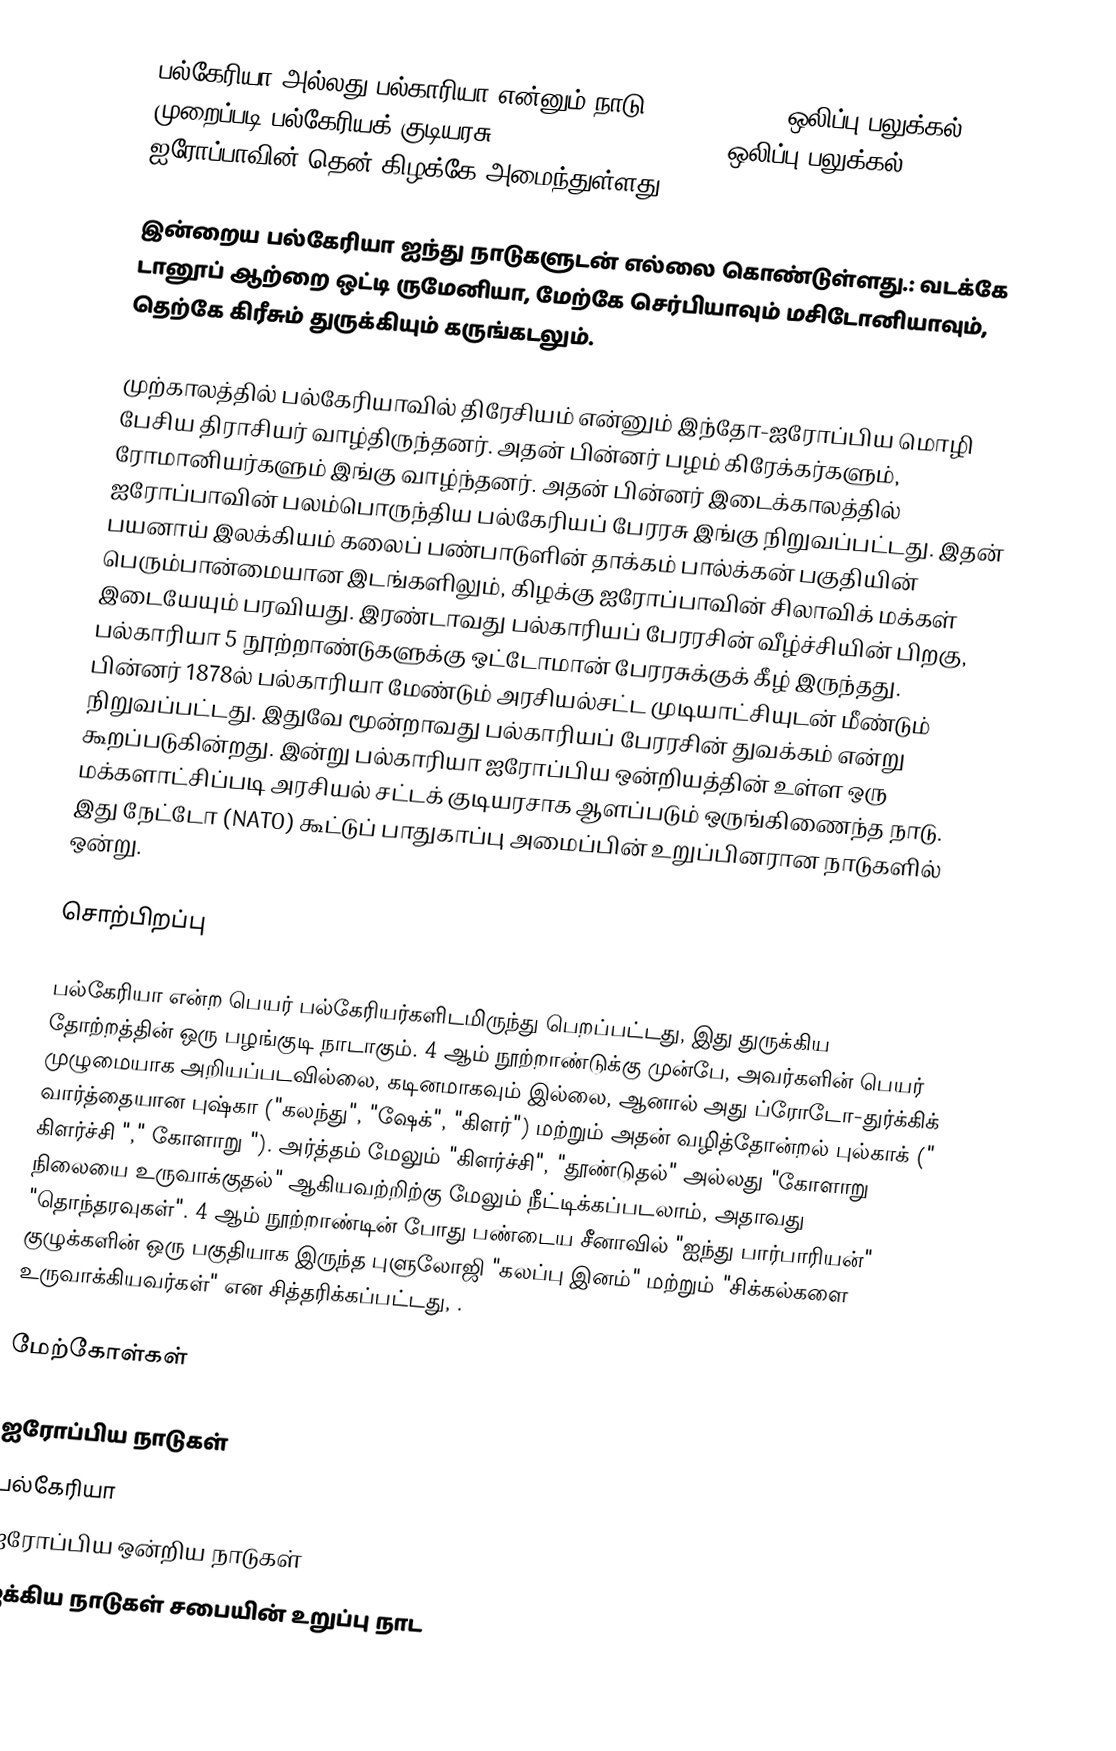
பல்கேரியா அல்லது பல்காரியா என்னும் நாடு (, Bălgariya, ஒலிப்பு/பலுக்கல்: ), முறைப்படி பல்கேரியக் குடியரசு (, Republika Bălgariya, ஒலிப்பு/பலுக்கல்: ) ஐரோப்பாவின் தென் கிழக்கே அமைந்துள்ளது.

இன்றைய பல்கேரியா ஐந்து நாடுகளுடன் எல்லை கொண்டுள்ளது.: வடக்கே டானூப் ஆற்றை ஒட்டி ருமேனியா, மேற்கே செர்பியாவும் மசிடோனியாவும், தெற்கே கிரீசும் துருக்கியும் கருங்கடலும்.

முற்காலத்தில் பல்கேரியாவில் திரேசியம் என்னும் இந்தோ-ஐரோப்பிய மொழி பேசிய திராசியர் வாழ்திருந்தனர். அதன் பின்னர் பழம் கிரேக்கர்களும், ரோமானியர்களும் இங்கு வாழ்ந்தனர். அதன் பின்னர் இடைக்காலத்தில் ஐரோப்பாவின் பலம்பொருந்திய பல்கேரியப் பேரரசு இங்கு நிறுவப்பட்டது. இதன் பயனாய்  இலக்கியம் கலைப் பண்பாடுளின் தாக்கம்  பால்க்கன் பகுதியின் பெரும்பான்மையான இடங்களிலும், கிழக்கு ஐரோப்பாவின் சிலாவிக் மக்கள் இடையேயும் பரவியது. இரண்டாவது பல்காரியப் பேரரசின் வீழ்ச்சியின் பிறகு, பல்காரியா 5 நூற்றாண்டுகளுக்கு ஒட்டோமான் பேரரசுக்குக் கீழ் இருந்தது. பின்னர் 1878ல் பல்காரியா மேண்டும் அரசியல்சட்ட முடியாட்சியுடன் மீண்டும் நிறுவப்பட்டது. இதுவே மூன்றாவது பல்காரியப் பேரரசின் துவக்கம் என்று கூறப்படுகின்றது. இன்று பல்காரியா ஐரோப்பிய ஒன்றியத்தின் உள்ள ஒரு மக்களாட்சிப்படி அரசியல் சட்டக் குடியரசாக ஆளப்படும் ஒருங்கிணைந்த நாடு. இது நேட்டோ (NATO) கூட்டுப் பாதுகாப்பு அமைப்பின் உறுப்பினரான நாடுகளில் ஒன்று.

சொற்பிறப்பு

பல்கேரியா என்ற பெயர் பல்கேரியர்களிடமிருந்து பெறப்பட்டது, இது துருக்கிய தோற்றத்தின் ஒரு பழங்குடி நாடாகும். 4 ஆம் நூற்றாண்டுக்கு முன்பே, அவர்களின் பெயர் முழுமையாக அறியப்படவில்லை, கடினமாகவும் இல்லை, ஆனால் அது ப்ரோடோ-துர்க்கிக் வார்த்தையான புஷ்கா ("கலந்து", "ஷேக்", "கிளர்") மற்றும் அதன் வழித்தோன்றல் புல்காக் (" கிளர்ச்சி "," கோளாறு "). அர்த்தம் மேலும் "கிளர்ச்சி", "தூண்டுதல்" அல்லது "கோளாறு நிலையை உருவாக்குதல்" ஆகியவற்றிற்கு மேலும் நீட்டிக்கப்படலாம், அதாவது "தொந்தரவுகள்". 4 ஆம் நூற்றாண்டின் போது பண்டைய சீனாவில் "ஐந்து பார்பாரியன்" குழுக்களின் ஒரு பகுதியாக இருந்த புளுலோஜி "கலப்பு இனம்" மற்றும் "சிக்கல்களை உருவாக்கியவர்கள்" என சித்தரிக்கப்பட்டது, .

மேற்கோள்கள்

ஐரோப்பிய நாடுகள்
பல்கேரியா
ஐரோப்பிய ஒன்றிய நாடுகள்
ஐக்கிய நாடுகள் சபையின் உறுப்பு நாட